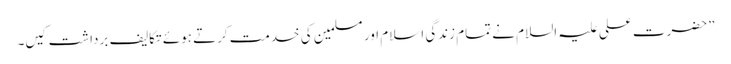
”حضرت علی علیہ السلام نے تمام زندگی اسلام اور مسلمین کی خدمت کرتے ہوئے تکالیف برداشت کیں۔